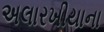
અલારખીયાના